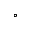
^ \circ